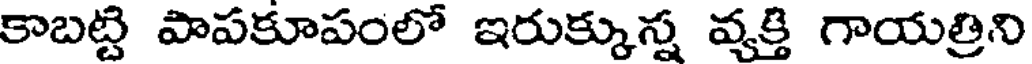
కాబట్టి పాపకూపంలో ఇరుక్కున్న వ్యక్తి గాయత్రిని